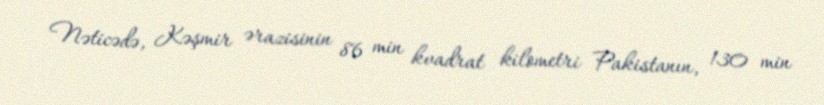
Nəticədə, Kəşmir ərazisinin 86 min kvadrat kilometri Pakistanın, 130 min